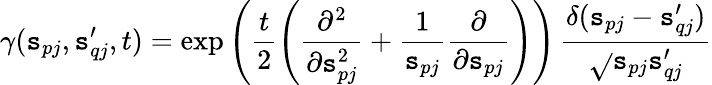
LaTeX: \gamma(\mathtt{s}_{pj},\mathtt{s}_{qj}^{\prime},t)=\exp\left(\frac{{t}}{{2}}\left(\frac{{\partial^{2}}}{{\partial\mathtt{s}_{pj}^{2}}}+\frac{{1}}{{\mathtt{s}_{pj}}}\frac{{\partial}}{{\partial\mathtt{s}_{pj}}}\right)\right)\, \frac{{\delta(\mathtt{s}_{pj}-\mathtt{s}_{qj}^{\prime})}}{{\sqrt{}{{\mathtt{s}_{pj}\mathtt{s}_{qj}^{\prime}}}}}